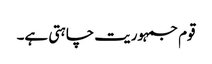
قوم جمہوریت چاہتی ہے۔